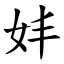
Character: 妦